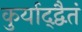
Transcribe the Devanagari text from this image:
कुर्याद्द्वैतं